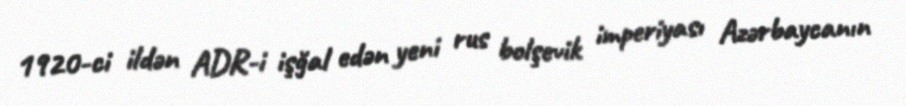
1920-ci ildən ADR-i işğal edən yeni rus bolşevik imperiyası Azərbaycanın